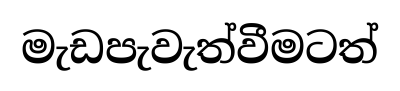
මැඩපැවැත්වීමටත්